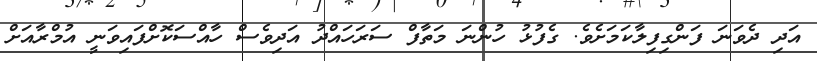
އަދި ދެވަނަ ފަންގިފިލާކަމަށެވެ. ގެފުޅު ހުންނަ މަތާފް ސަރަހައްދު އަދިވެސް ހާއްސަކޮށްފައިވަނީ އުމްރާއަށް